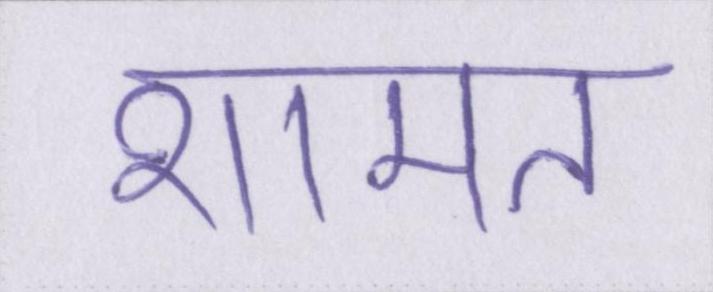
शामत